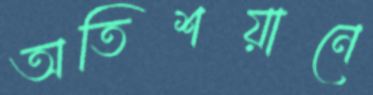
অতিশয়ানে